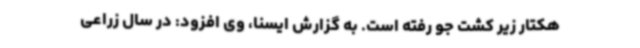
هکتار زیر کشت جو رفته است. به گزارش ایسنا، وی افزود: در سال زراعی